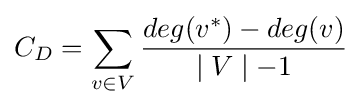
C_{D}=\sum _{v\in V}{\frac {deg(v^{*})-deg(v)}{\mid V\mid -1}}